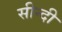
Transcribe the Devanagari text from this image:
सीन्दी